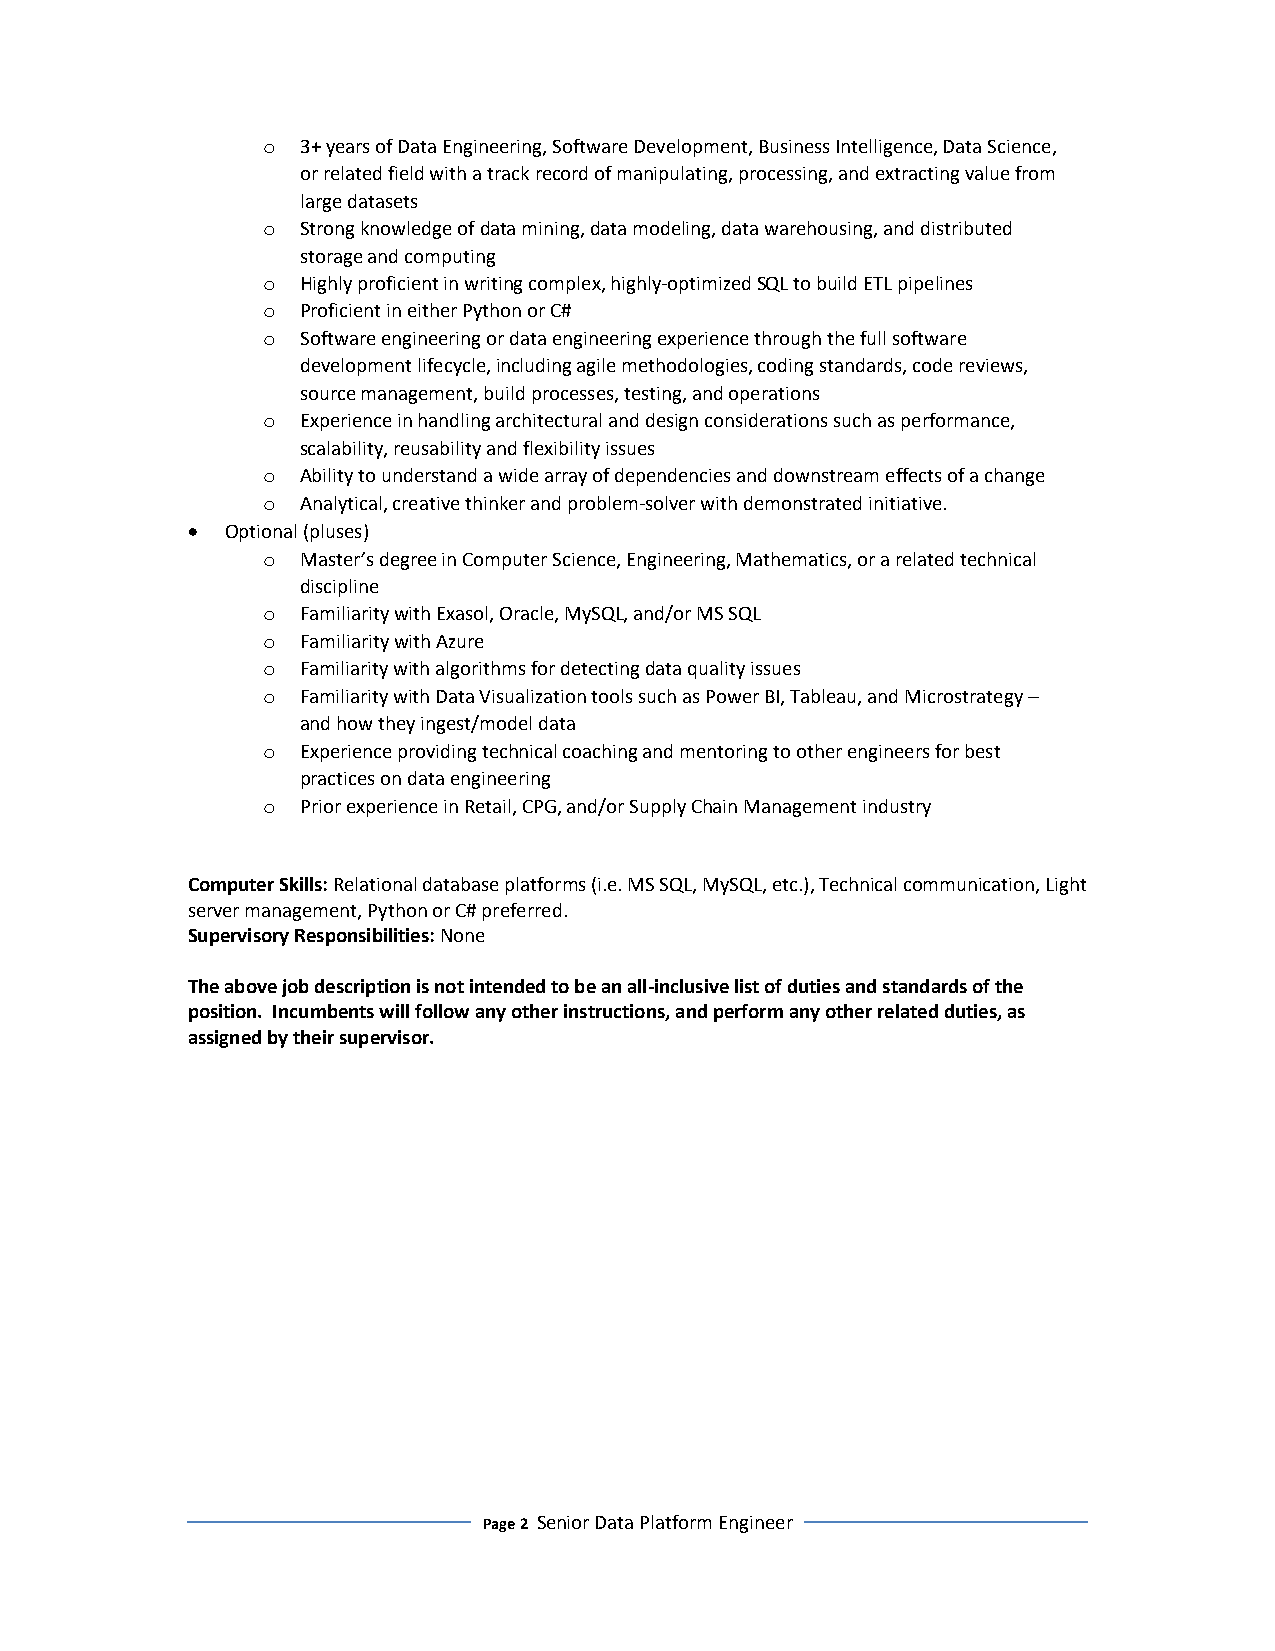
o  3+ years of Data Engineering, Software Development, Business Intelligence, Data Science,
 or related field with a track record of manipulating, processing, and extracting value from
 large datasets
 o  Strong knowledge of data mining, data modeling, data warehousing, and distributed
 storage and computing
 o  Highly proficient in writing complex, highly-optimized SQL to build ETL pipelines
 o  Proficient in either Python or C#
 o  Software engineering or data engineering experience through the full software
 development lifecycle, including agile methodologies, coding standards, code reviews,
 source management, build processes, testing, and operations
 o  Experience in handling architectural and design considerations such as performance,
 scalability, reusability and flexibility issues
 o  Ability to understand a wide array of dependencies and downstream effects of a change
 o  Analytical, creative thinker and problem-solver with demonstrated initiative.
 •  Optional (pluses)
 o  Master’s degree in Computer Science, Engineering, Mathematics, or a related technical
 discipline
 o  Familiarity with Exasol, Oracle, MySQL, and/or MS SQL
 o  Familiarity with Azure
 o  Familiarity with algorithms for detecting data quality issues
 o  Familiarity with Data Visualization tools such as Power BI, Tableau, and Microstrategy –
 and how they ingest/model data
 o  Experience providing technical coaching and mentoring to other engineers for best
 practices on data engineering
 o  Prior experience in Retail, CPG, and/or Supply Chain Management industry
 Computer Skills: Relational database platforms (i.e. MS SQL, MySQL, etc.), Technical communication, Light
 server management, Python or C# preferred.
 Supervisory Responsibilities: None
 The above job description is not intended to be an all-inclusive list of duties and standards of the
 position. Incumbents will follow any other instructions, and perform any other related duties, as
 assigned by their supervisor.
 Page 2 Senior Data Platform Engineer